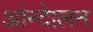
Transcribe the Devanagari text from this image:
आंन्देालन